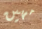
مهين